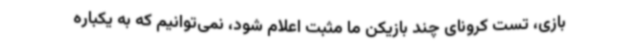
بازی، تست کرونای چند بازیکن ما مثبت اعلام شود، نمی‌توانیم که به یکباره